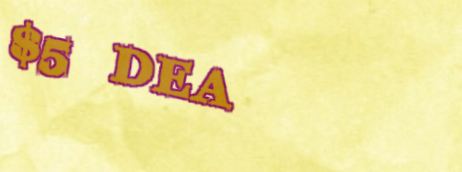
$5 DEAL